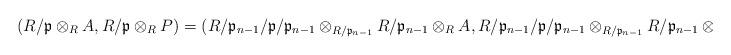
LaTeX: \begin{align*}(R/\mathfrak{p}\otimes_R A, R/\mathfrak{p}\otimes_R P)=(R/\mathfrak{p}_{n-1}/\mathfrak{p}/\mathfrak{p}_{n-1}\otimes_{R/\mathfrak{p}_{n-1}} R/\mathfrak{p}_{n-1}\otimes_R A, R/\mathfrak{p}_{n-1}/\mathfrak{p}/\mathfrak{p}_{n-1}\otimes_{R/\mathfrak{p}_{n-1}} R/\mathfrak{p}_{n-1}\otimes_R P)\end{align*}